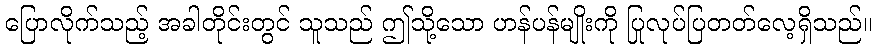
ပြောလိုက်သည့် အခါတိုင်းတွင် သူသည် ဤသို့သော ဟန်ပန်မျိုးကို ပြုလုပ်ပြတတ်လေ့ရှိသည်။